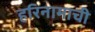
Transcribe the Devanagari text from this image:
हरिनामाची